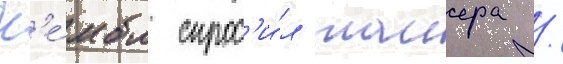
К'е́мбл спрос'и́л таиера /